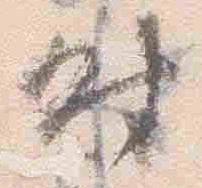
時